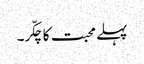
پہلے محبت کا چکّر۔